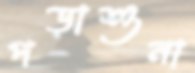
পড়াশুনা